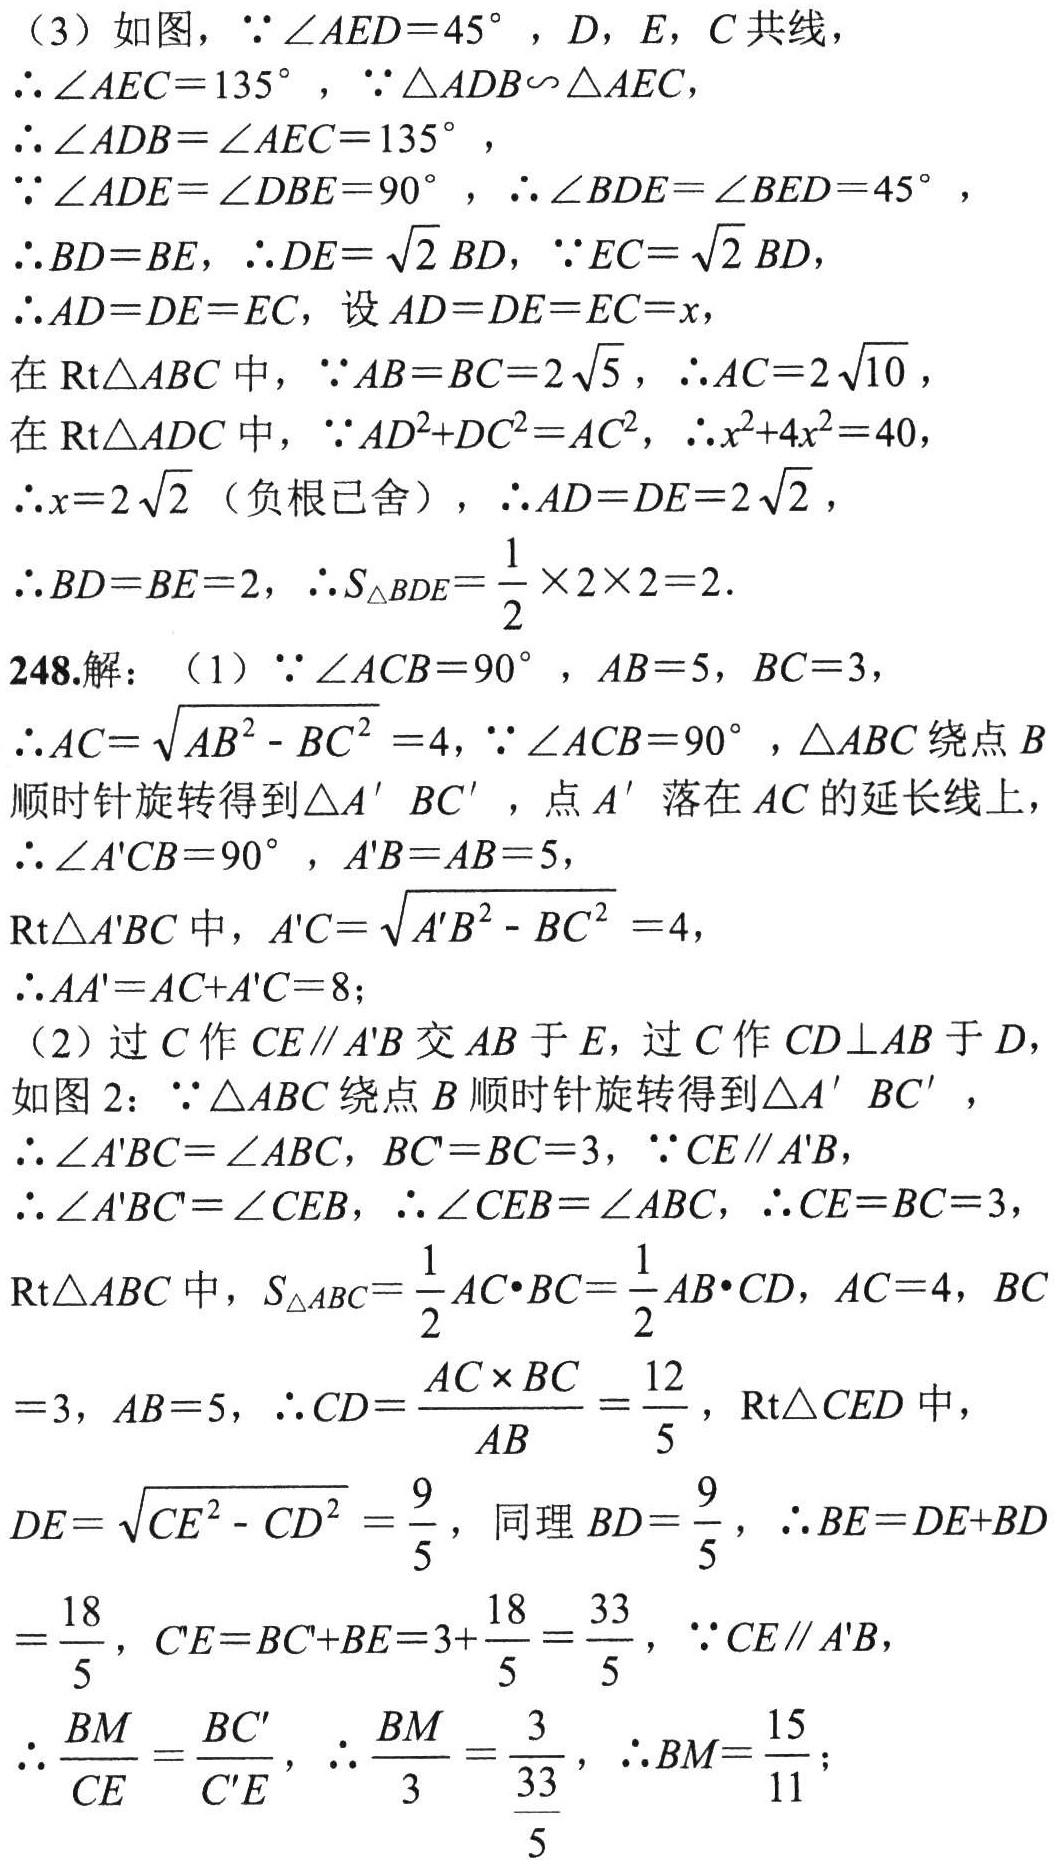
（3）如图，\(\because\angle AED = 45^{\circ}\)，\(D\)，\(E\)，\(C\)共线，
\(\therefore\angle AEC = 135^{\circ}\)，\(\because\triangle ADB\sim\triangle AEC\)，
\(\therefore\angle ADB=\angle AEC = 135^{\circ}\)，
\(\because\angle ADE=\angle DBE = 90^{\circ}\)，\(\therefore\angle BDE=\angle BED = 45^{\circ}\)，
\(\therefore BD = BE\)，\(\therefore DE=\sqrt{2}BD\)，\(\because EC=\sqrt{2}BD\)，
\(\therefore AD = DE = EC\)，设\(AD = DE = EC=x\)，
在\(\text{Rt}\triangle ABC\)中，\(\because AB = BC = 2\sqrt{5}\)，\(\therefore AC = 2\sqrt{10}\)，
在\(\text{Rt}\triangle ADC\)中，\(\because AD^{2}+DC^{2}=AC^{2}\)，\(\therefore x^{2}+4x^{2}=40\)，
\(\therefore x = 2\sqrt{2}\)（负根已舍），\(\therefore AD = DE = 2\sqrt{2}\)，
\(\therefore BD = BE = 2\)，\(\therefore S_{\triangle BDE}=\frac{1}{2}\times2\times2 = 2\)．
248.解：（1）\(\because\angle ACB = 90^{\circ}\)，\(AB = 5\)，\(BC = 3\)，
\(\therefore AC=\sqrt{AB^{2}-BC^{2}} = 4\)，\(\because\angle ACB = 90^{\circ}\)，\(\triangle ABC\)绕点\(B\)顺时针旋转得到\(\triangle A'B C'\)，点\(A'\)落在\(AC\)的延长线上，
\(\therefore\angle A'CB = 90^{\circ}\)，\(A'B = AB = 5\)，
\(\text{Rt}\triangle A'BC\)中，\(A'C=\sqrt{A'B^{2}-BC^{2}} = 4\)，
\(\therefore AA'=AC + A'C = 8\)；
（2）过\(C\)作\(CE\parallel A'B\)交\(AB\)于\(E\)，过\(C\)作\(CD\perp AB\)于\(D\)，
如图2：\(\because\triangle ABC\)绕点\(B\)顺时针旋转得到\(\triangle A'B C'\)，
\(\therefore\angle A'BC=\angle ABC\)，\(BC' = BC = 3\)，\(\because CE\parallel A'B\)，
\(\therefore\angle A'BC=\angle CEB\)，\(\therefore\angle CEB=\angle ABC\)，\(\therefore CE = BC = 3\)，
\(\text{Rt}\triangle ABC\)中，\(S_{\triangle ABC}=\frac{1}{2}AC\cdot BC=\frac{1}{2}AB\cdot CD\)，\(AC = 4\)，\(BC = 3\)，\(AB = 5\)，\(\therefore CD=\frac{AC\times BC}{AB}=\frac{12}{5}\)，\(\text{Rt}\triangle CED\)中，
\(DE=\sqrt{CE^{2}-CD^{2}}=\frac{9}{5}\)，同理\(BD=\frac{9}{5}\)，\(\therefore BE = DE + BD=\frac{18}{5}\)，\(C'E = BC'+BE = 3+\frac{18}{5}=\frac{33}{5}\)，\(\because CE\parallel A'B\)，
\(\therefore\frac{BM}{CE}=\frac{BC'}{C'E}\)，\(\therefore\frac{BM}{3}=\frac{3}{\frac{33}{5}}\)，\(\therefore BM=\frac{15}{11}\)；